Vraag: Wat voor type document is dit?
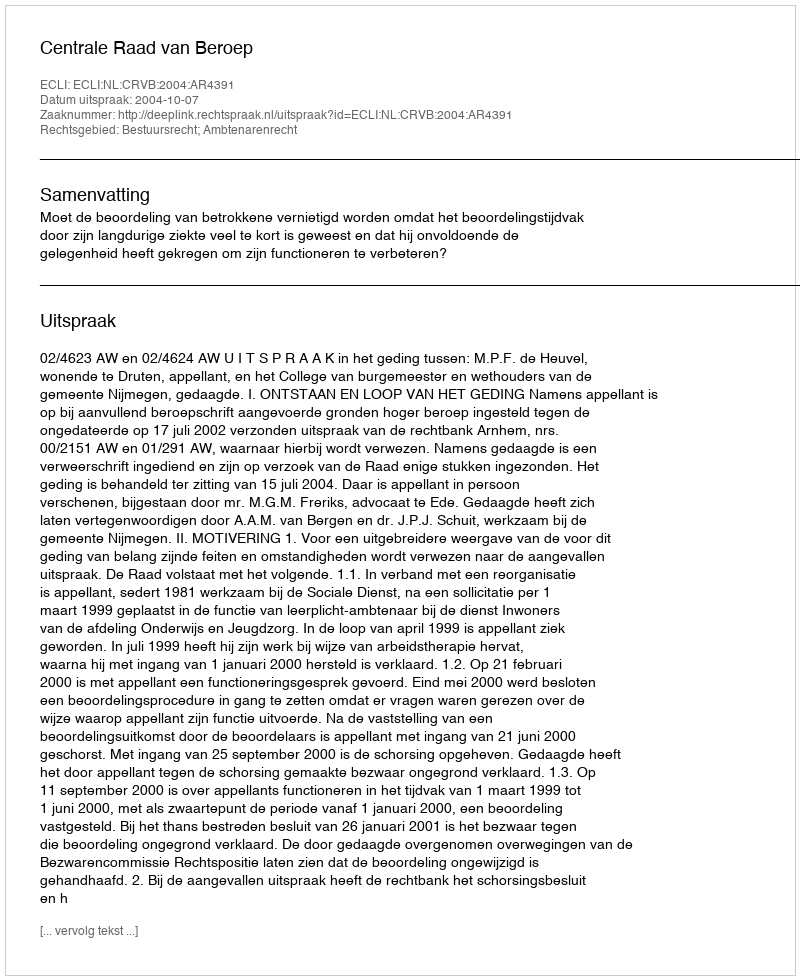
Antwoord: Uitspraak